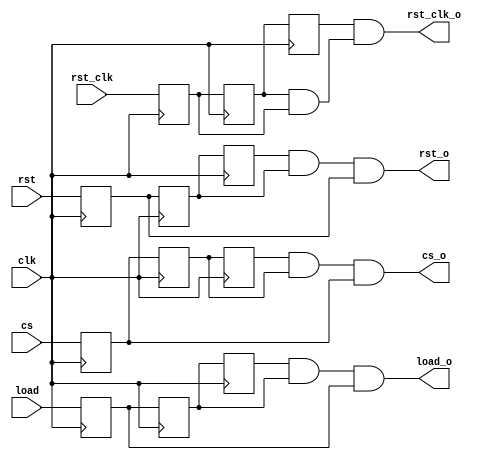
`timescale 1ns / 1ps
//////////////////////////////////////////////////////////////////////////////////
// Company: 
// Engineer: 
// 
// Design Name: 
// Module Name: debounce
// Project Name: 
// Target Devices: 
// Tool Versions: 
// Description: 
// 
// Dependencies: 
// 
// Revision:
// Revision 0.01 - File Created
// Additional Comments:
// 
//////////////////////////////////////////////////////////////////////////////////

module debounce(
    input clk,
    input cs,
    input rst,
    input rst_clk,
    input load,
    output cs_o,
    output rst_o,
    output rst_clk_o,
    output load_o
    );
    reg cs_rrr, cs_rr, cs_r;
    reg rst_rrr, rst_rr, rst_r;
    reg rst_clk_rrr, rst_clk_rr, rst_clk_r;
    reg load_rrr, load_rr, load_r;
    always @(posedge clk)
    begin
        cs_rrr = cs_rr;
        cs_rr = cs_r;
        cs_r = cs;
        
        rst_rrr = rst_rr;
        rst_rr = rst_r;
        rst_r = rst;
        
        rst_clk_rrr = rst_clk_rr;
        rst_clk_rr = rst_clk_r;
        rst_clk_r = rst_clk;
        
        load_rrr = load_rr;
        load_rr = load_r;
        load_r = load;
    end 
    assign cs_o = cs_rrr && cs_rr && cs_r;
    assign rst_o = rst_rrr && rst_rr && rst_r;
    assign rst_clk_o = rst_clk_rrr && rst_clk_rr & rst_clk_r;
    assign load_o = load_rrr && load_rr && load_r;
endmodule